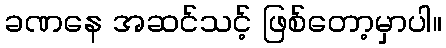
ခဏနေ အဆင်သင့် ဖြစ်တော့မှာပါ။